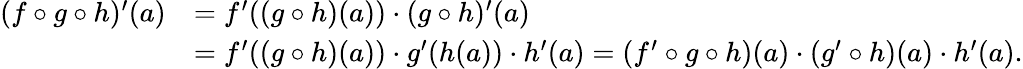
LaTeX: {\begin{array}{rl}{(f\circ g\circ h)^{\prime}(a)}&{=f^{\prime}((g\circ h)(a))\cdot(g\circ h)^{\prime}(a)}\\ &{=f^{\prime}((g\circ h)(a))\cdot g^{\prime}(h(a))\cdot h^{\prime}(a)=(f^{\prime}\circ g\circ h)(a)\cdot(g^{\prime}\circ h)(a)\cdot h^{\prime}(a).}\end{array}}